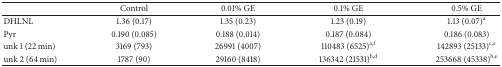
<table><thead><tr><td><b> </b></td><td><b>Control</b></td><td><b>0.01% GE</b></td><td><b>0.1% GE</b></td><td><b>0.5% GE</b></td></tr></thead><tbody><tr><td>DHLNL</td><td>1.36 (0.17) </td><td>1.35 (0.23) </td><td>1.23 (0.19) </td><td>1.13 (0.07)<sup>a</sup></td></tr><tr><td>Pyr</td><td>0.190 (0.085) </td><td>0.188 (0.014) </td><td>0.187 (0.084) </td><td>0.186 (0.083) </td></tr><tr><td>unk 1 (22 min) </td><td>3169 (793) </td><td>26991 (4007) </td><td>110483 (6525)<sup>a,f</sup></td><td>142893 (25133)<sup>c,e</sup></td></tr><tr><td>unk 2 (64 min) </td><td>1787 (90) </td><td>29160 (8418) </td><td>136342 (21531)<sup>b,d</sup></td><td>253668 (45338)<sup>b,e</sup></td></tr></tbody></table>